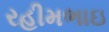
રહીમભાઇ